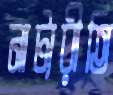
নাট্যরীতি